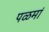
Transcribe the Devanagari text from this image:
पळमां